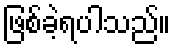
ဖြစ်ခဲ့ရပါသည်။